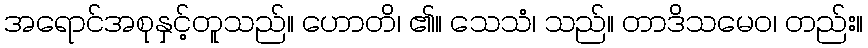
အရောင်အစုနှင့်တူသည်။ ဟောတိ၊ ၏။ သေသံ၊ သည်။ တာဒိသမေဝ၊ တည်း။